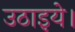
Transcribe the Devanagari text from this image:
उठाइये।